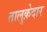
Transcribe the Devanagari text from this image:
तालुक़ेदार